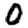
Digit: 0